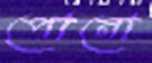
পোনো